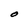
Character: O